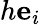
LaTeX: h\mathbf{e}_{i}